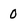
Character: 0